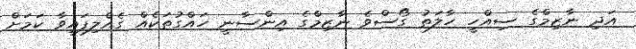
އަދި ނާޒިމްގެ ސިއްހީ ހާލަތު ގޯސްވެ ނާޒިމްގެ އިންސާނީ ހައްގުތަކެއް ގެއްލިފައިވާ ކަމަށް